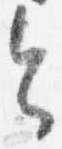
令